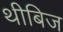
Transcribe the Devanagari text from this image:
थीबिज